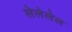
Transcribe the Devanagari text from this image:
लेलेलेल